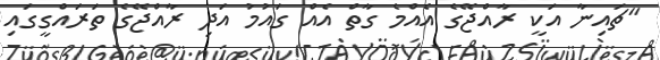
"ޗައިނާ އަކީ ރާއްޖޭގެ އެއްމެ ގާތް އެއް ގައުމު އަދި ރާއްޖޭގެ ތަރައްގީގައި